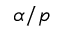
\alpha / p